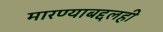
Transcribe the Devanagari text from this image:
मारण्याबद्दलही